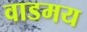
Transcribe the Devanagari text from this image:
वाडमय